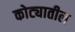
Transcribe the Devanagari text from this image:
कोट्यातील